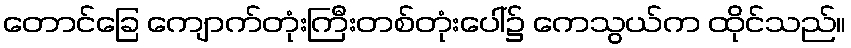
တောင်ခြေ ကျောက်တုံးကြီးတစ်တုံးပေါ်၌ ကေသွယ်က ထိုင်သည်။